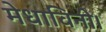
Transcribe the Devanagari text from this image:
मेधाविनी।